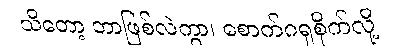
သိတော့ ဘာဖြစ်လဲကွာ၊ စောက်ဂရုစိုက်လို့